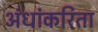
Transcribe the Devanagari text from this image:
अंधांकरिता